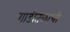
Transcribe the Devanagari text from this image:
गाडीतळाची